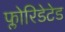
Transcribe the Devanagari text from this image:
फ्लोरिडेटेड